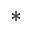
*